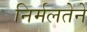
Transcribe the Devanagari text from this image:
निर्मलतेने